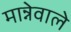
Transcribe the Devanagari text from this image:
मान्नेवाले